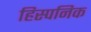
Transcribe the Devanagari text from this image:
हिस्पनिक